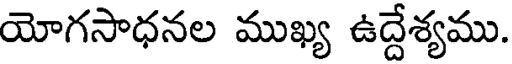
యోగసాధనల ముఖ్య ఉద్దేశ్యము.